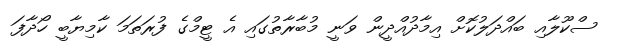
ސްކޫލާއި ބައްދަލުކޮށް އިމާދުއްދީން ވަނީ މުބާރާތުގައި އެ ޓީމްގެ ފުރަތަމަ ކާމިޔާބީ ހޯދާފަ